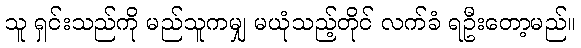
သူ ရှင်းသည်ကို မည်သူကမျှ မယုံသည့်တိုင် လက်ခံ ရဦးတော့မည်။